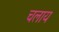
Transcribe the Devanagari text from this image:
चलाय